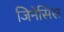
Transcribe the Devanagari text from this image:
जिनेसिस